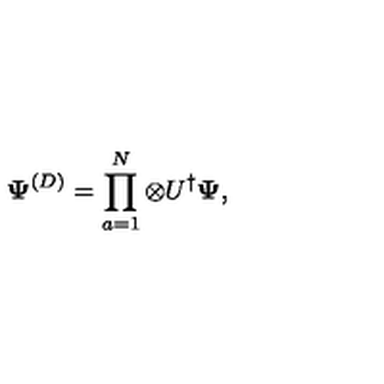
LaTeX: { \bf \Psi } ^ { ( D ) } = \prod _ { a = 1 } ^ { N } \otimes U ^ { \dagger } { \bf \Psi } ,